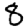
Digit: 8